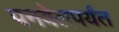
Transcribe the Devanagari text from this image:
पनवेलपर्यंत